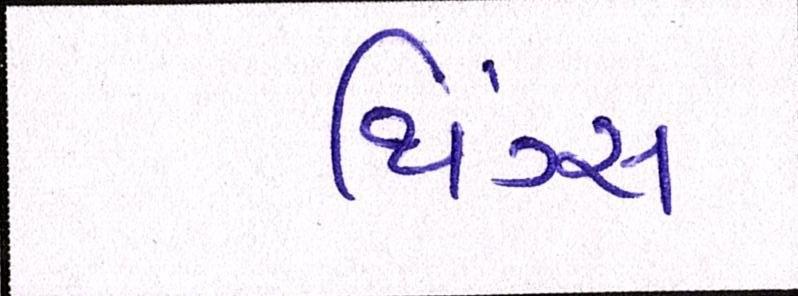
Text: થિંગ્સ